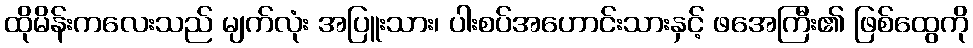
ထိုမိန်းကလေးသည် မျက်လုံး အပြူးသား၊ ပါးစပ်အဟောင်းသားနှင့် ဖအေကြီး၏ ဖြစ်ထွေကို